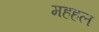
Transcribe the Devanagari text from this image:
महहल